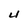
Character: 4